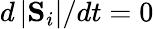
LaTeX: {d\left|\mathbf{S}_{i}\right|}/{dt}=0